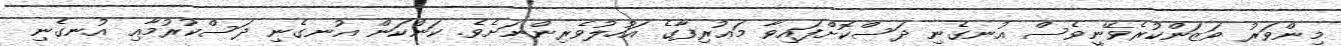
މިންވަރު ވަޒަންކުރެވޭނީވެސް އުނގެނި ދަސްކޮށްފައިވާ މަޢުރިފާގެ އަހުލުވެރިންނަށެވެ. ކަންކަން އުނގެނި ދަސްކުރުމާއި އުނގެނި